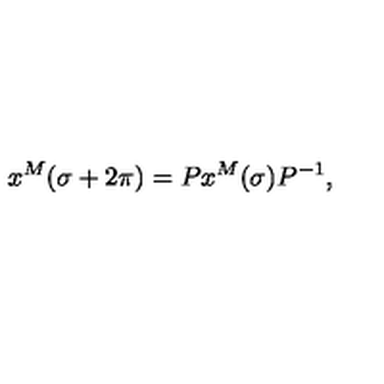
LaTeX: x ^ { M } ( \sigma + 2 \pi ) = P x ^ { M } ( \sigma ) P ^ { - 1 } ,